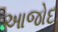
આજોદ